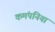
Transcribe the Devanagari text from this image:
कमंपनियां